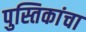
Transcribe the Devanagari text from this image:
पुस्तिकांचा